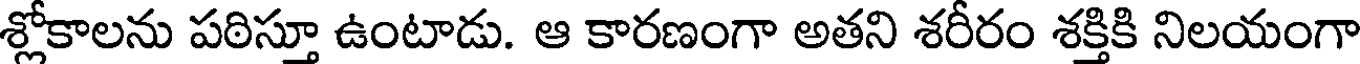
శ్లోకాలను పఠిస్తూ ఉంటాడు. ఆ కారణంగా అతని శరీరం శక్తికి నిలయంగా